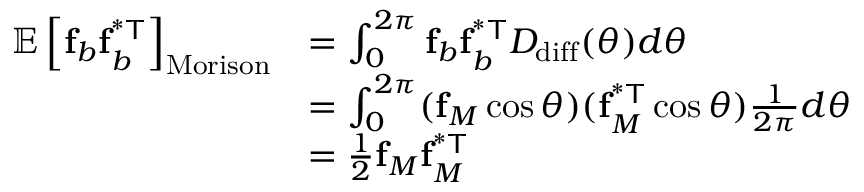
\begin{array} { r l } { \mathbb { E } \left[ \mathbf { f } _ { b } \mathbf { f } _ { b } ^ { \mathsf { ^ { * } T } } \right] _ { \mathrm { M o r i s o n } } } & { = \int _ { 0 } ^ { 2 \pi } \mathbf { f } _ { b } \mathbf { f } _ { b } ^ { \mathsf { ^ { * } T } } D _ { \mathrm { d i f f } } ( \theta ) d \theta } \\ & { = \int _ { 0 } ^ { 2 \pi } ( \mathbf { f } _ { M } \cos \theta ) ( \mathbf { f } _ { M } ^ { \mathsf { ^ { * } T } } \cos \theta ) \frac { 1 } { 2 \pi } d \theta } \\ & { = \frac { 1 } { 2 } \mathbf { f } _ { M } \mathbf { f } _ { M } ^ { \mathsf { ^ { * } T } } } \end{array}